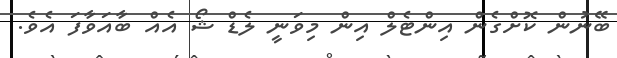
ބޭނުން ކޮށްގެން އިންޓެލް އިން މިވަނީ ލެޑް ޝޯ އެއް ބާއަވާފަ އެވެ.